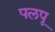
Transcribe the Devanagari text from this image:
पलपू